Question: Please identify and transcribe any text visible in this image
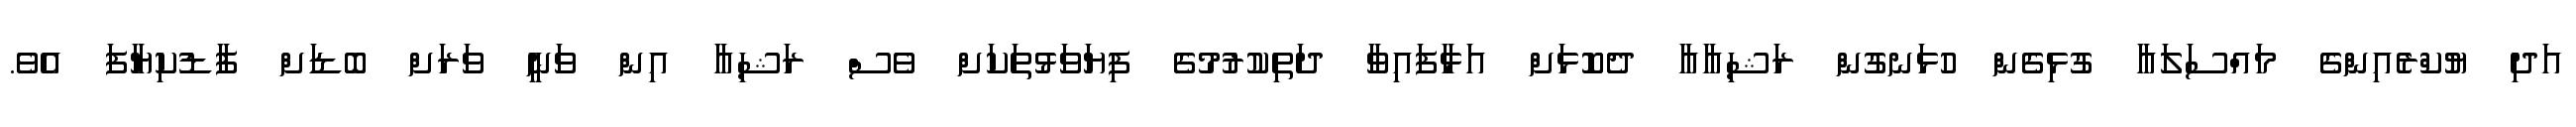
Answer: އަދި ޔުކްރެއިންގެ މައްސަލައާ ގުޅިގެން ހުޅަނގުން ރަޝިއާއާ ދެކޮޅަށް އަޅާފައިވާ ދަތިކުރުމުގެ ފިޔަވަޅުތަކަށް ވެސް ރަޝިއާ އިން ވަނީ ވަރަށް ބޮޑަށް ފާޑުކިޔާފަ އެވެ.